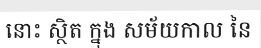
នោះ ស្ថិត ក្នុង សម័យកាល នៃ